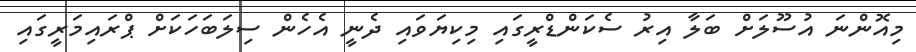
މިއޮންނަ އުސޫލަށް ބަލާ އިރު ސެކަންޑްރީގައި މިކިޔަވައި ދެނީ އެހެން ސިލަބަހަކަށް ޕްރައިމަރީގައި